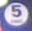
5